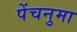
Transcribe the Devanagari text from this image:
पेंचनुमा